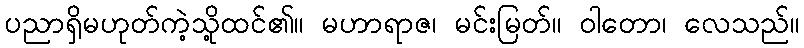
ပညာရှိမဟုတ်ကဲ့သို့ထင်၏။ မဟာရာဇ၊ မင်းမြတ်။ ဝါတော၊ လေသည်။